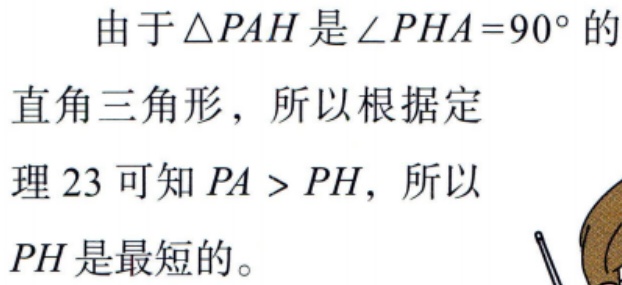
由于$\triangle PAH$是$\angle PHA = 90^{\circ}$的直角三角形，所以根据定理 23 可知$PA > PH$，所以$PH$是最短的。